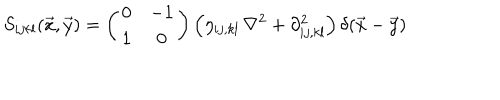
S _ { i j k l } ( \vec { x } , \vec { y } ) = \left( \begin{array} { c c } { { 0 } } & { { - 1 } } \\ { { 1 } } & { { 0 } } \\ \end{array} \right) \Bigl ( \eta _ { i j , k l } \, \nabla ^ { 2 } + \partial _ { i j , k l } ^ { 2 } \Bigr ) \, \delta ( \vec { x } - \vec { y } )